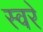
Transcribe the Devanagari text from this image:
स्वरे